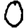
Digit: 0